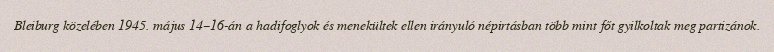
Bleiburg közelében 1945. május 14–16-án a hadifoglyok és menekültek ellen irányuló népirtásban több mint főt gyilkoltak meg partizánok.